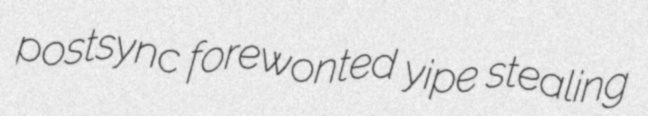
postsync forewonted yipe stealing